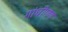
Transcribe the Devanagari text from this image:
गांधीगण